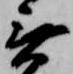
無